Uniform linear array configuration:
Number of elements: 48
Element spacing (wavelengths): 0.5
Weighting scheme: cosine
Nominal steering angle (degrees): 60
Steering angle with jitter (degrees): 61.583
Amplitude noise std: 0.05
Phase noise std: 0.05

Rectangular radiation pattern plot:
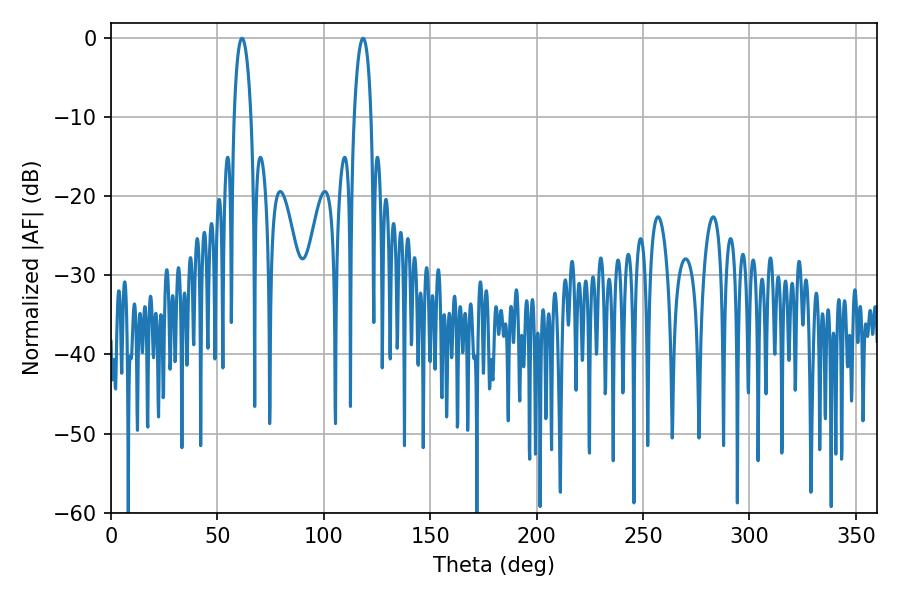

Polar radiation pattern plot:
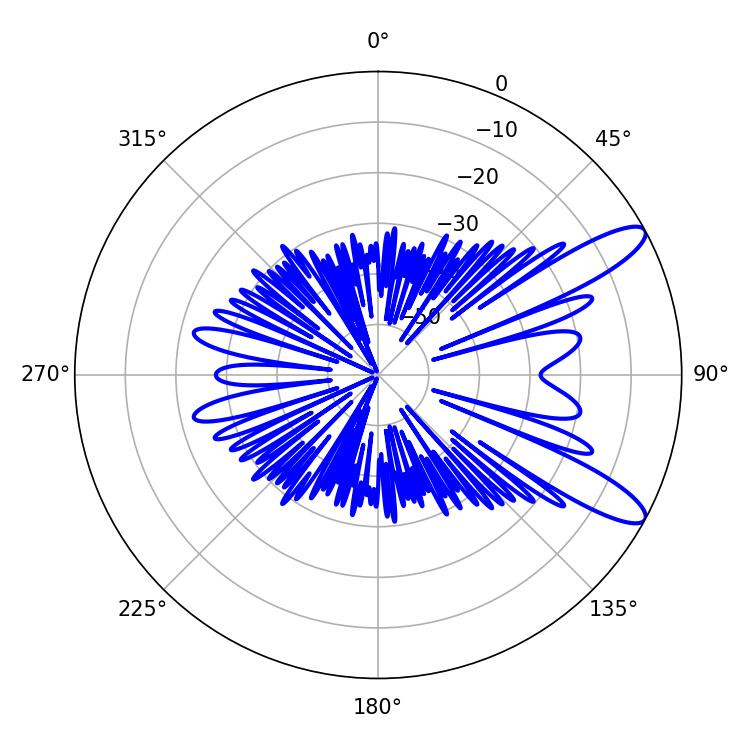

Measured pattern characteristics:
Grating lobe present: FALSE
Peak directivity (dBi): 11.13
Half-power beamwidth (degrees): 4.5
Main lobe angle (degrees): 61.56